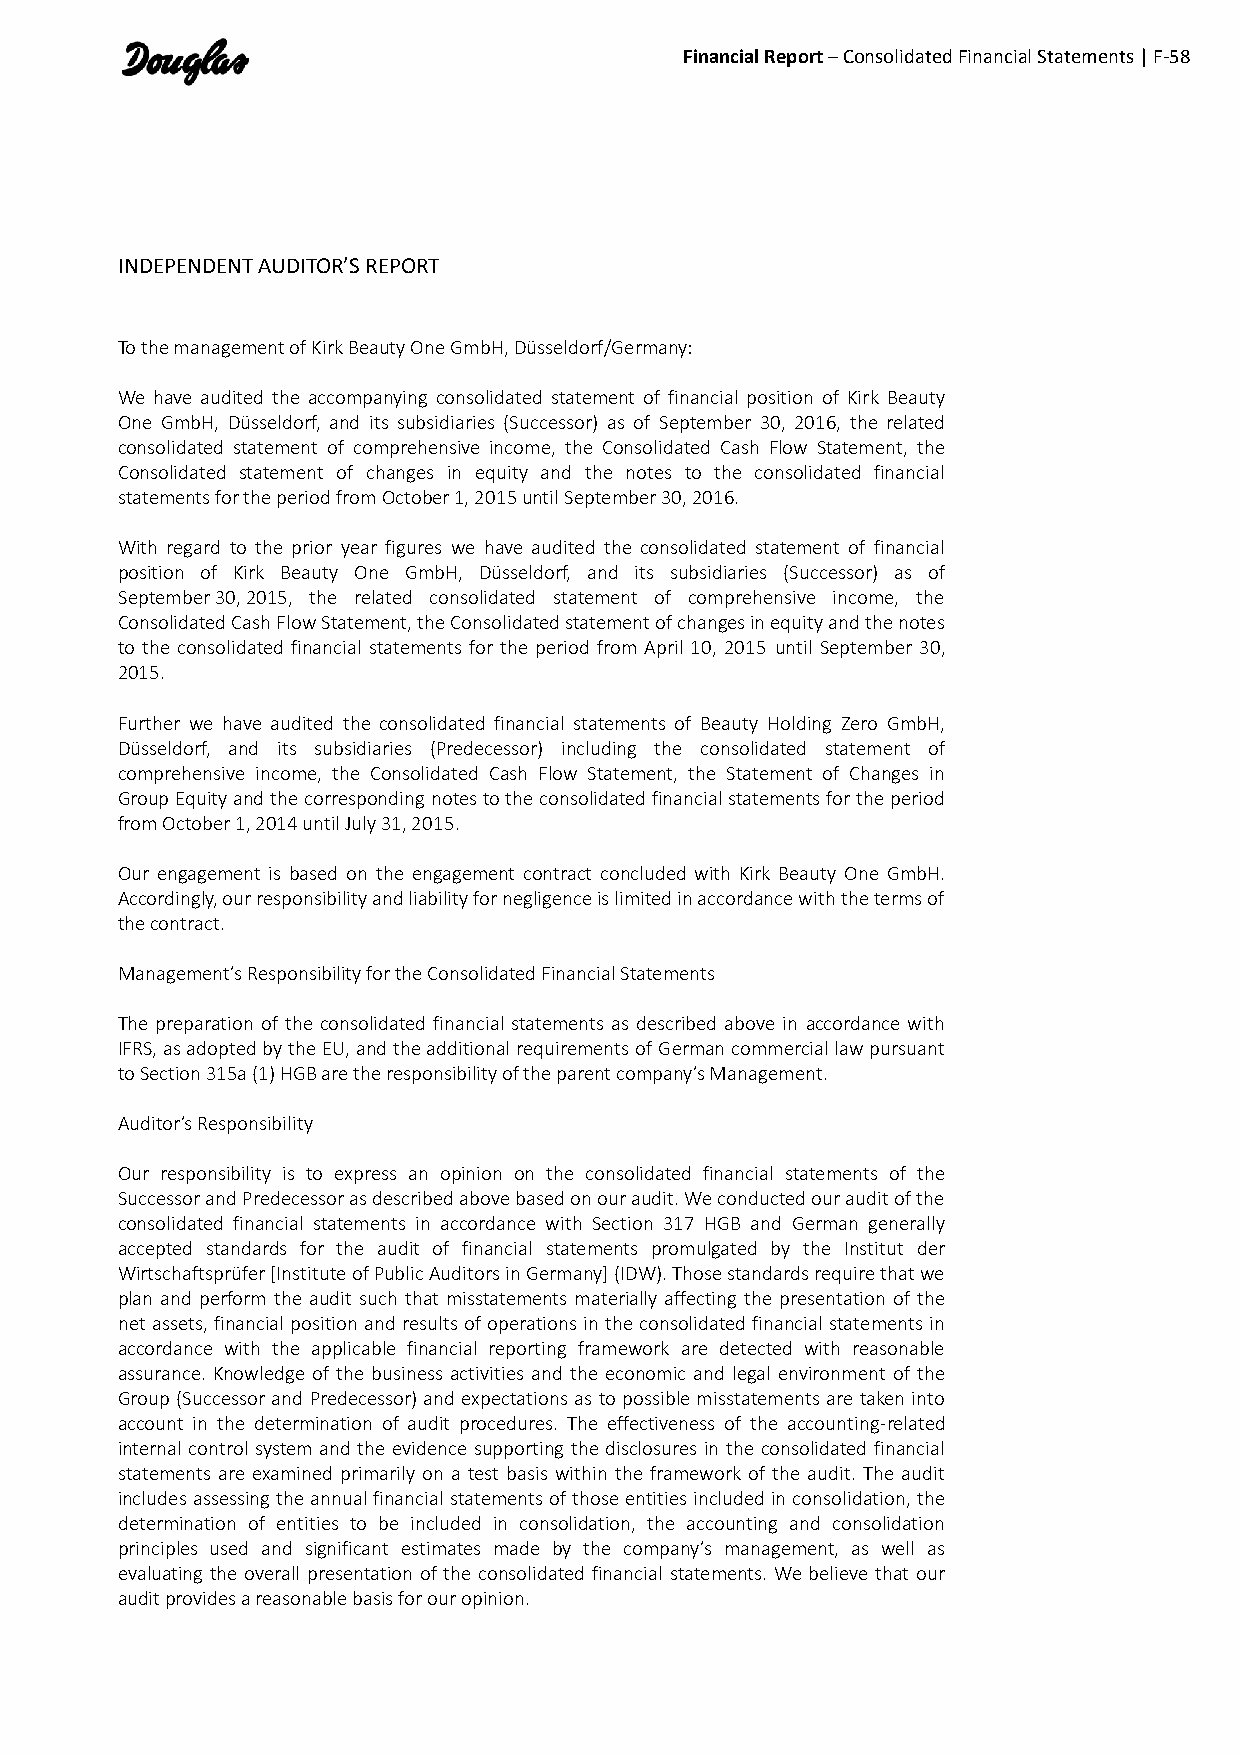
Financial Report – Consolidated Financial Statements | F-58
 INDEPENDENT AUDITOR’S REPORT
 To the management of Kirk Beauty One GmbH, Düsseldorf/Germany:
 We have audited the accompanying consolidated statement of financial position of Kirk Beauty
 One GmbH, Düsseldorf, and its subsidiaries (Successor) as of September 30, 2016, the related
 consolidated statement of comprehensive income, the Consolidated Cash Flow Statement, the
 Consolidated statement of changes in equity and the notes to the consolidated financial
 statements for the period from October 1, 2015 until September 30, 2016.
 With regard to the prior year figures we have audited the consolidated statement of financial
 position of Kirk Beauty One GmbH, Düsseldorf, and its subsidiaries (Successor) as of
 September 30, 2015, the related consolidated statement of comprehensive income, the
 Consolidated Cash Flow Statement, the Consolidated statement of changes in equity and the notes
 to the consolidated financial statements for the period from April 10, 2015 until September 30,
 2015.
 Further we have audited the consolidated financial statements of Beauty Holding Zero GmbH,
 Düsseldorf, and its subsidiaries (Predecessor) including the consolidated statement of
 comprehensive income, the Consolidated Cash Flow Statement, the Statement of Changes in
 Group Equity and the corresponding notes to the consolidated financial statements for the period
 from October 1, 2014 until July 31, 2015.
 Our engagement is based on the engagement contract concluded with Kirk Beauty One GmbH.
 Accordingly, our responsibility and liability for negligence is limited in accordance with the terms of
 the contract.
 Management’s Responsibility for the Consolidated Financial Statements
 The preparation of the consolidated financial statements as described above in accordance with
 IFRS, as adopted by the EU, and the additional requirements of German commercial law pursuant
 to Section 315a (1) HGB are the responsibility of the parent company’s Management.
 Auditor’s Responsibility
 Our responsibility is to express an opinion on the consolidated financial statements of the
 Successor and Predecessor as described above based on our audit. We conducted our audit of the
 consolidated financial statements in accordance with Section 317 HGB and German generally
 accepted standards for the audit of financial statements promulgated by the Institut der
 Wirtschaftsprüfer [Institute of Public Auditors in Germany] (IDW). Those standards require that we
 plan and perform the audit such that misstatements materially affecting the presentation of the
 net assets, financial position and results of operations in the consolidated financial statements in
 accordance with the applicable financial reporting framework are detected with reasonable
 assurance. Knowledge of the business activities and the economic and legal environment of the
 Group (Successor and Predecessor) and expectations as to possible misstatements are taken into
 account in the determination of audit procedures. The effectiveness of the accounting-related
 internal control system and the evidence supporting the disclosures in the consolidated financial
 statements are examined primarily on a test basis within the framework of the audit. The audit
 includes assessing the annual financial statements of those entities included in consolidation, the
 determination of entities to be included in consolidation, the accounting and consolidation
 principles used and significant estimates made by the company’s management, as well as
 evaluating the overall presentation of the consolidated financial statements. We believe that our
 audit provides a reasonable basis for our opinion.